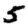
Digit: 5